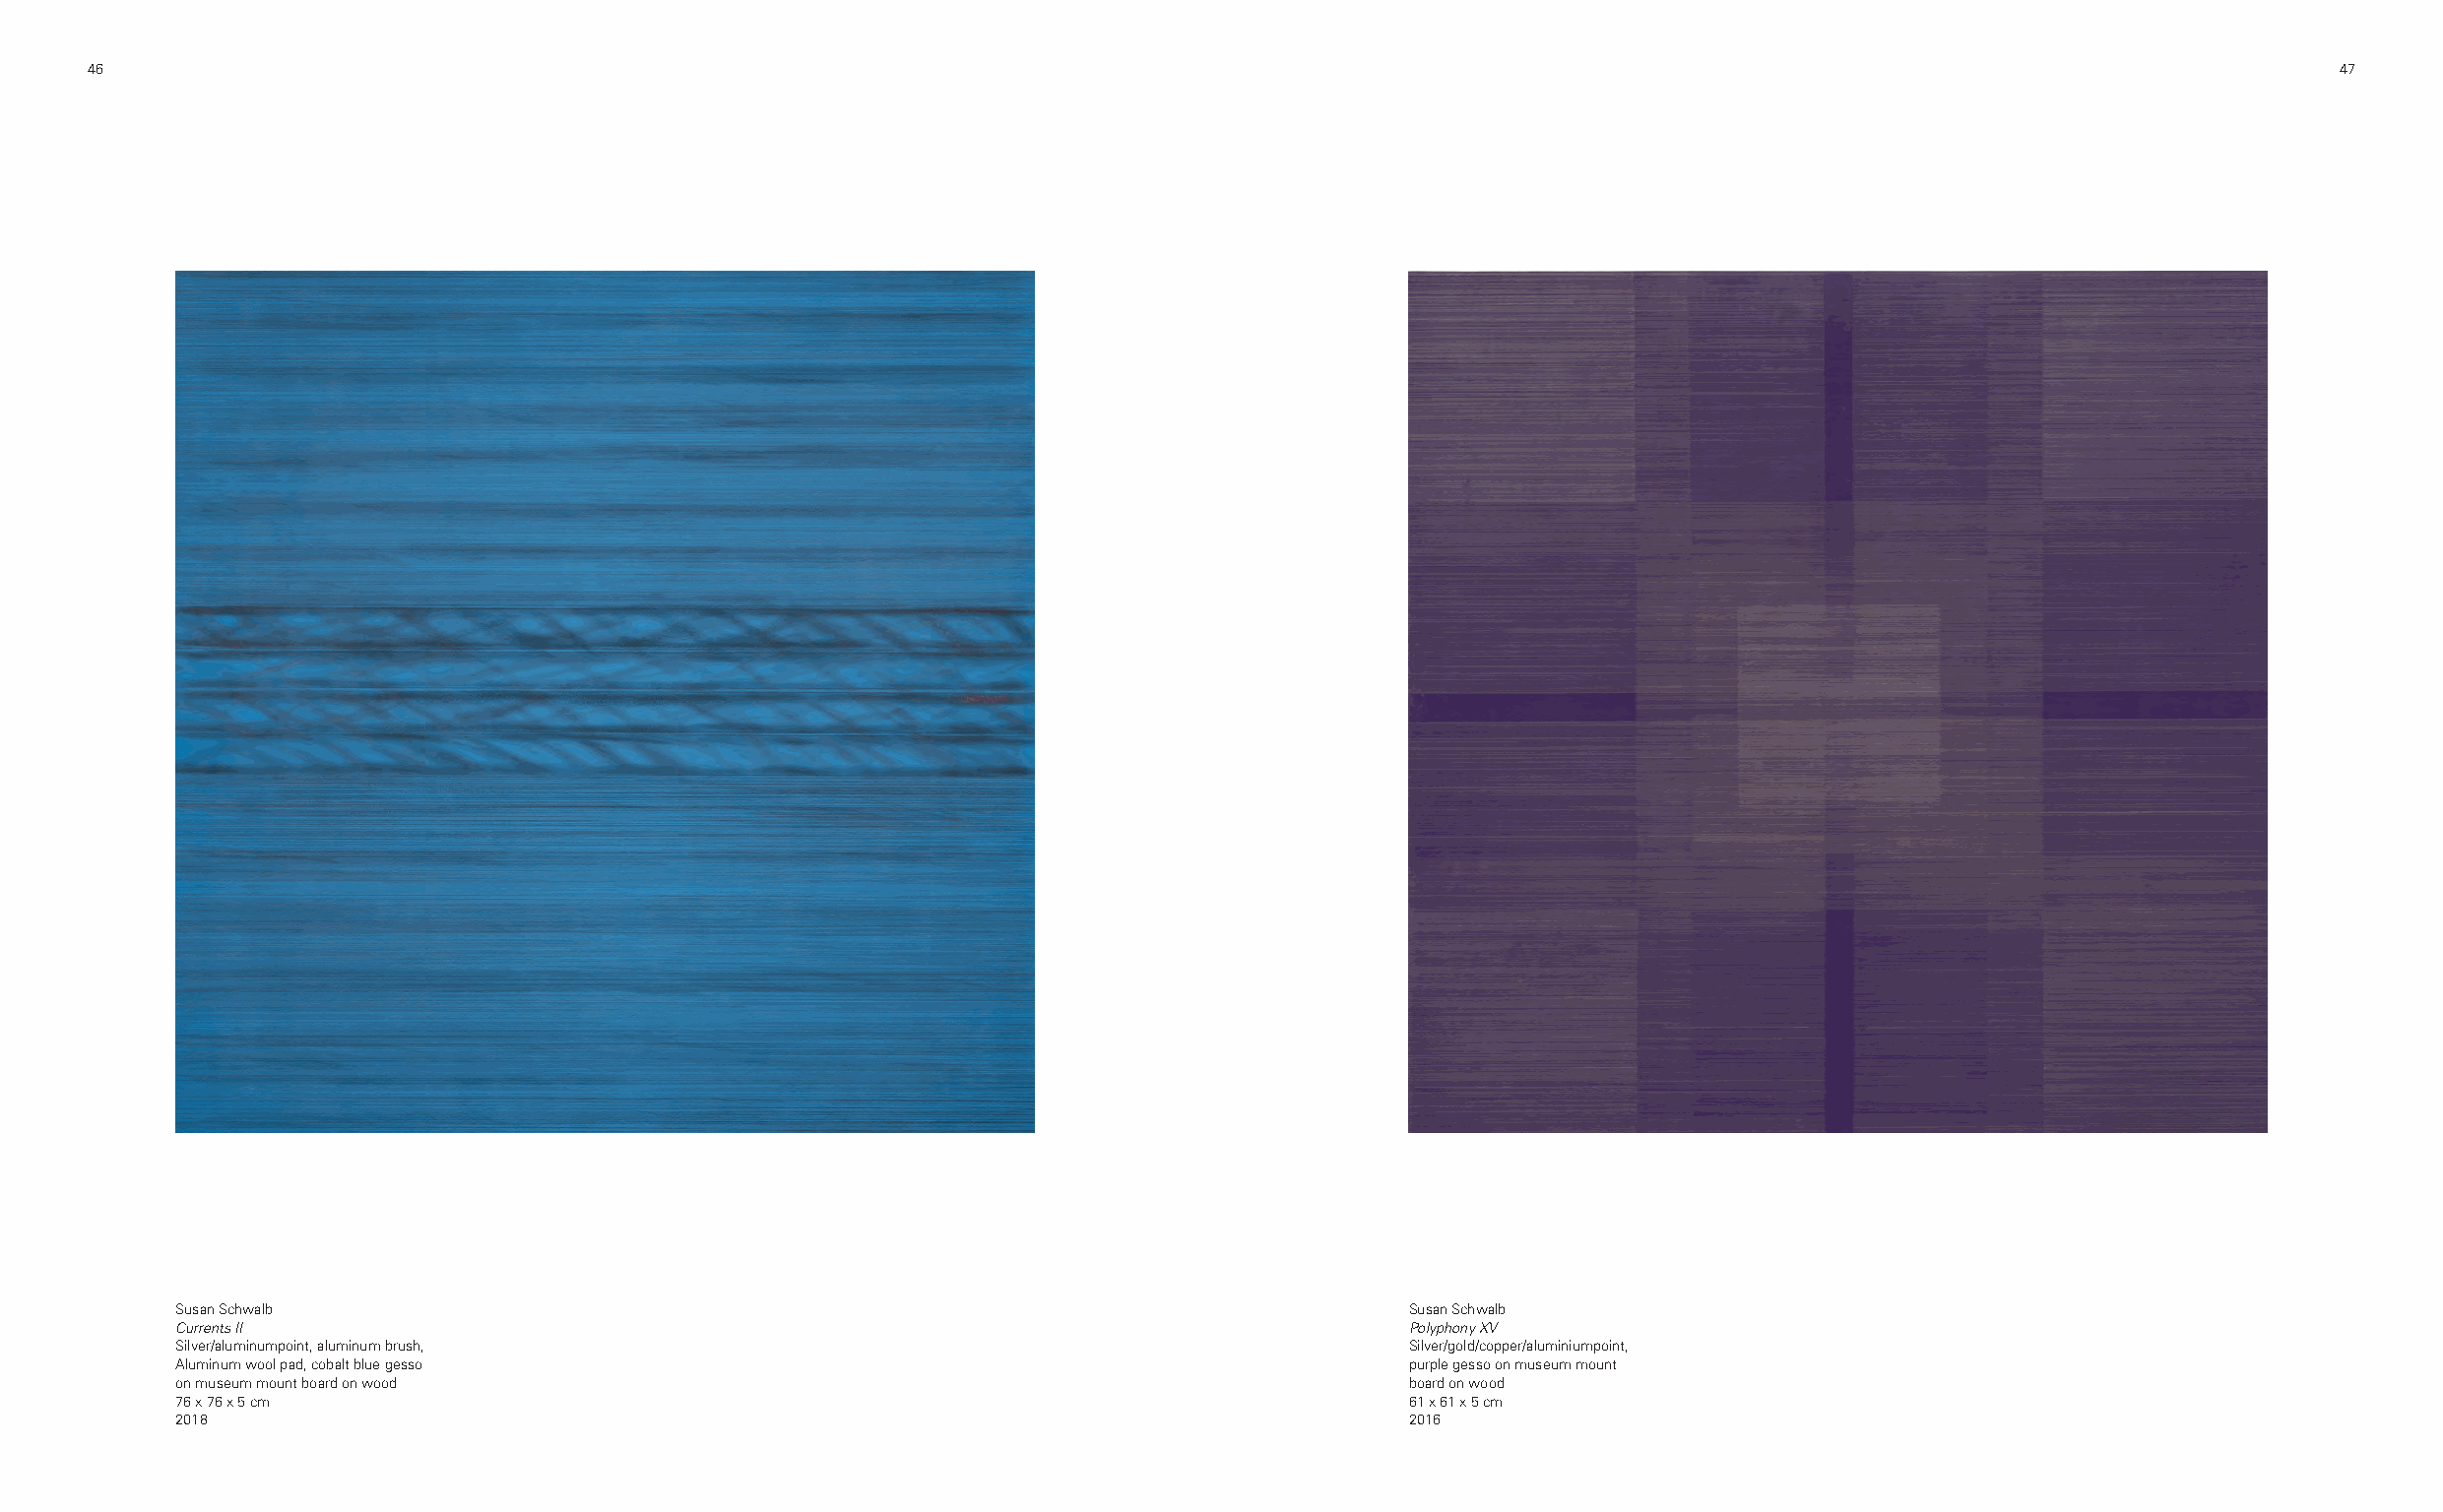
46                                                                                                                                                     47
 Susan Schwalb                                                                      Susan Schwalb
 Currents II                                                                        Polyphony XV
 Silver/aluminumpoint, aluminum brush,                                              Silver/gold/copper/aluminiumpoint,
 Aluminum wool pad, cobalt blue gesso                                               purple gesso on museum mount
 on museum mount board on wood                                                      board on wood
 76 x 76 x 5 cm                                                                     61 x 61 x 5 cm
 2018                                                                               2016